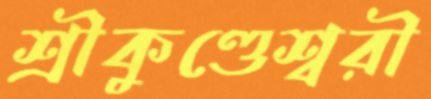
শ্রীকুণ্ডেশ্বরী